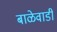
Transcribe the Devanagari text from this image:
बाळेवाडी